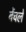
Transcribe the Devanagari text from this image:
बेंचले